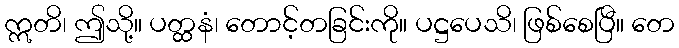
ဣတိ၊ ဤသို့။ ပတ္ထနံ၊ တောင့်တခြင်းကို။ ပဋ္ဌပေသိ၊ ဖြစ်စေပြီ။ တေ